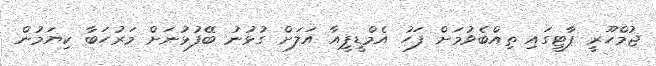
ޖުމްހޫރީ ޕާޓީގައި ތިއްބެވުމަށް ފަހު އެމްޑީޕީއާ އަލަށް ގުޅުނު ބޭފުޅުނަށް މަރުހަބާ ކިޔަމުން